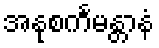
အနုစင်္ကမန္တာနံ